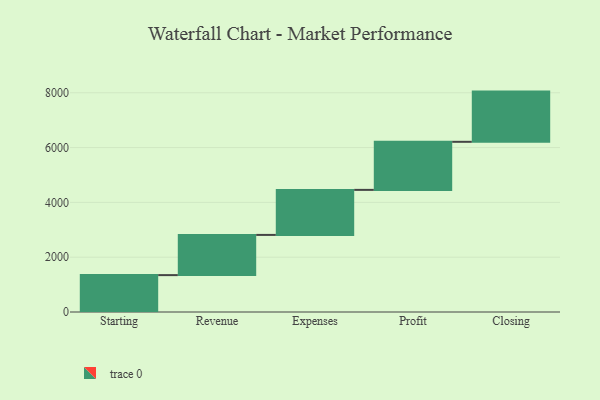
{"axis": {"x": "Step", "y": "Value"}, "legend": [""], "data": [{"x": "Starting", "y": 1346.0, "type": ""}, {"x": "Revenue", "y": 1467.0, "type": ""}, {"x": "Expenses", "y": 1643.0, "type": ""}, {"x": "Profit", "y": 1754.0, "type": ""}, {"x": "Closing", "y": 1832.0, "type": ""}]}